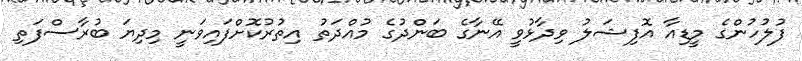
ފުލުހުންގެ މީޑިއާ އޮފިޝަލު ވިދާޅުވީ އޭނާގެ ބަންދުގެ މުއްދަތު އިތުރުކޮށްފައިވަނީ މިދިޔަ ބުރާސްފަތި